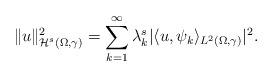
LaTeX: \begin{align*}\Vert u\Vert_{\mathcal{H}^s(\Omega,\gamma)}^{2}=\sum_{k=1}^{\infty}\lambda_{k}^{s}|\langle u,\psi_{k}\rangle_{L^{2}(\Omega,\gamma)}|^{2}.\end{align*}